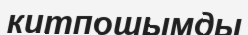
китпошымды